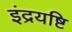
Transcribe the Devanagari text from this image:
इंद्रयष्टि